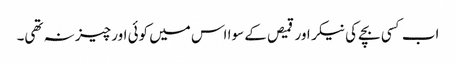
اب کسی بچے کی نیکر اور قمیص کے سوا اس میں کوئی اور چیز نہ تھی۔